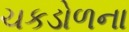
ચકડોળના